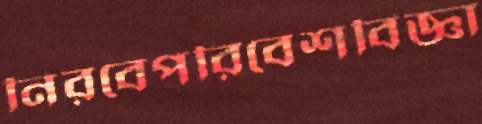
নিরবেপরিবেশবিজ্ঞা